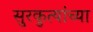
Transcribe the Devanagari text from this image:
सुरकुत्यांच्या